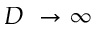
D \ \to \infty